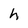
Character: h